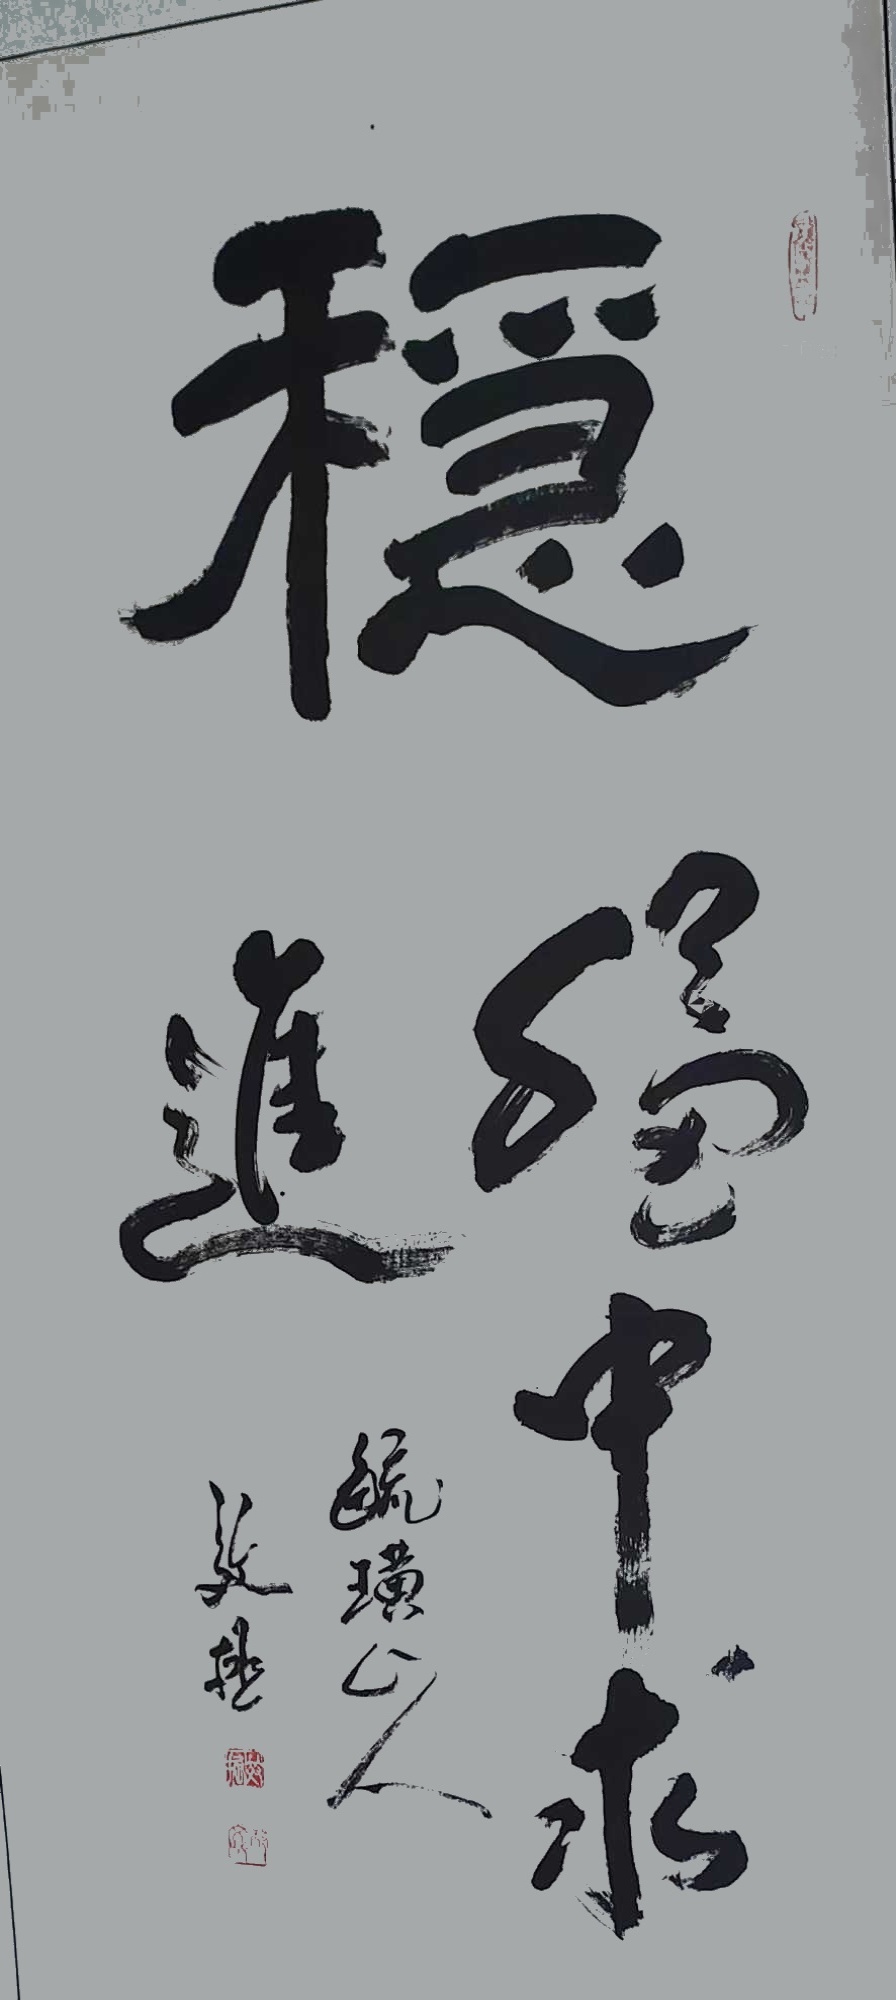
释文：稳中求进邴文政2023年作